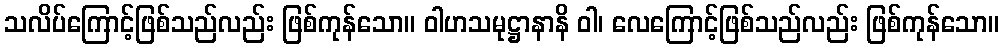
သလိပ်ကြောင့်ဖြစ်သည်လည်း ဖြစ်ကုန်သော။ ဝါဟသမုဋ္ဌာနာနိ ဝါ၊ လေကြောင့်ဖြစ်သည်လည်း ဖြစ်ကုန်သော။